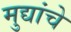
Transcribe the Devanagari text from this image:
मुद्यांचे